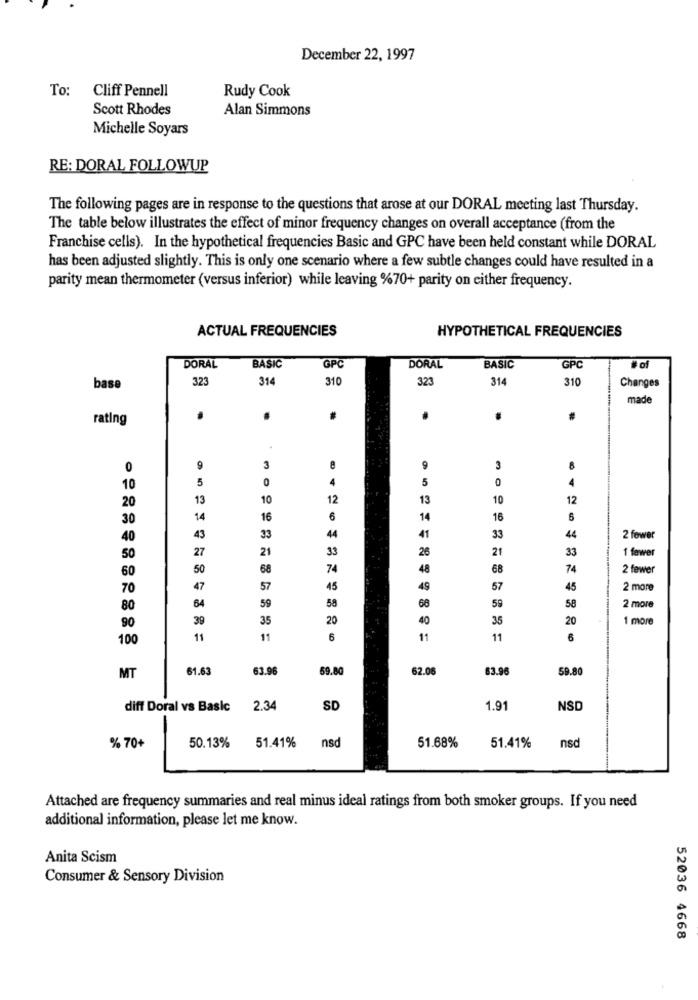
December 22, 1997
To: Cliff Pennell
Rudy Cook
Scott Rhodes
Alan Simmons
Michelle Soyars
RE: DORAL FOLLOWUP
The following pages are in response to the questions that arose at our DORAL meeting last Thursday.
The table below illustrates the effect of minor frequency changes on overall acceptance (from the
Franchise cells). In the hypothetical frequencies Basic and GPC have been held constant while DORAL
has been adjusted slightly. This is only one scenario where a few subtle changes could have resulted in a
parity mean thermometer (versus inferior) while leaving %70+ parity on cither frequency.
ACTUAL FREQUENCIES
HYPOTHETICAL FREQUENCIES
DORAL
BASIC
GPC
DORAL
BASIC
GPC
# of
323
314
310
323
314
310
base
Changes
made
rating
.
.
.
0
9
3
9
3
8
5
0
4
5
0
4
10
20
13
10
12
13
10
12
30
14
16
6
14
16
5
44
41
40
43
33
33
44
2 fewer
27
21
33
26
21
33
1 fewer
50
60
50
68
74
48
68
74
2 fewer
70
47
57
45
49
57
45
2 more
80
64
59
58
68
59
58
2 more
90
39
35
20
40
35
20
1 more
100
11
11
6
11
11
6
61.63
63.96
59.80
62.06
63.96
59.80
MT
diff Doral vs Basic
2.34
SD
1.91
NSD
nsd
% 70+
50.13%
51.41%
51.68%
51.41%
nsc
Attached are frequency summaries and real minus ideal ratings from both smoker groups. If you need
additional information, please let me know.
Anita Scism
Consumer & Sensory Division
52036 4668